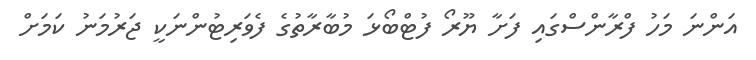
އަންނަ މަހު ފްރާންސްގައި ފަށާ ޔޫރޯ ފުޓްބޯޅަ މުބާރާތުގެ ފެވަރިޓުންނަކީ ޖަރުމަނު ކަމަށް